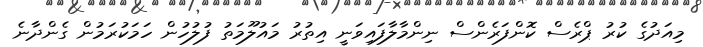
މިއަދުގެ ކުރު ޕްރެސް ކޮންފަރެންސް ނިންމާލާފައިވަނީ އިތުރު މައުލޫމަތު ފުލުހުން ހަމަކުރަމުން ގެންދާނެ